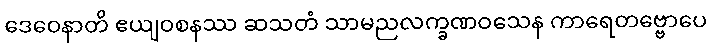
ဒေဝေနာတိ ဧယျဝစနဿ ဆသတံ သာမညလက္ခဏဝသေန ကာရေတဗ္ဗောပေ